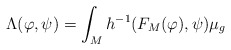
\begin{align*} \Lambda(\varphi, \psi) = \int_M h^{-1}(F_M(\varphi), \psi) \mu_g \end{align*}